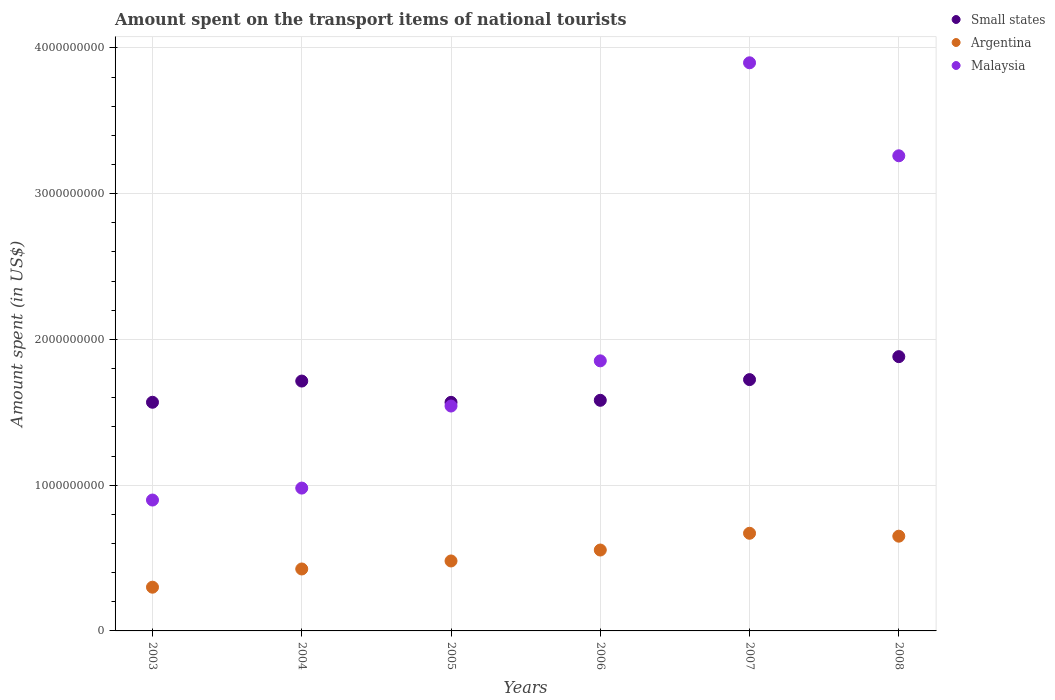
| Years | Small states | Argentina | Malaysia |
 | --- | --- | --- | --- |
 | 2003 | 1.57e+09 | 3e+08 | 8.98e+08 |
 | 2004 | 1.71e+09 | 4.25e+08 | 9.8e+08 |
 | 2005 | 1.57e+09 | 4.8e+08 | 1.54e+09 |
 | 2006 | 1.58e+09 | 5.55e+08 | 1.85e+09 |
 | 2007 | 1.72e+09 | 6.7e+08 | 3.9e+09 |
 | 2008 | 1.88e+09 | 6.5e+08 | 3.26e+09 |